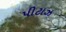
પીટાઝ